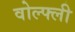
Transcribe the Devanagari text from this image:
वोल्फ्ली